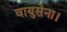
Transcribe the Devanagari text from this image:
वायुसेना।